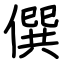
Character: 僎